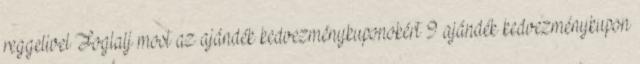
reggelivel Foglalj most az ajándék kedvezménykuponokért 9 ajándék kedvezménykupon